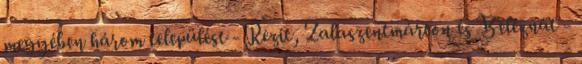
megyében három települést - Rezit, Zalaszentmárton és Beleznát -